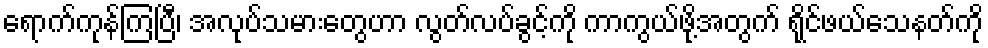
ရောက်ကုန်ကြပြီ၊ အလုပ်သမားတွေဟာ လွတ်လပ်ခွင့်ကို ကာကွယ်ဖို့အတွက် ရိုင်ဖယ်သေနတ်ကို